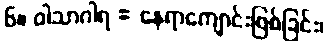
၆။ ဝါသာဂါရ = နေရာကျောင်းဖြစ်ခြင်း၊